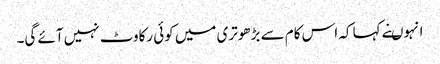
انہوںنے کہا کہ اس کام سے بڑھوتری میں کوئی رکاوٹ نہیں آئے گی۔